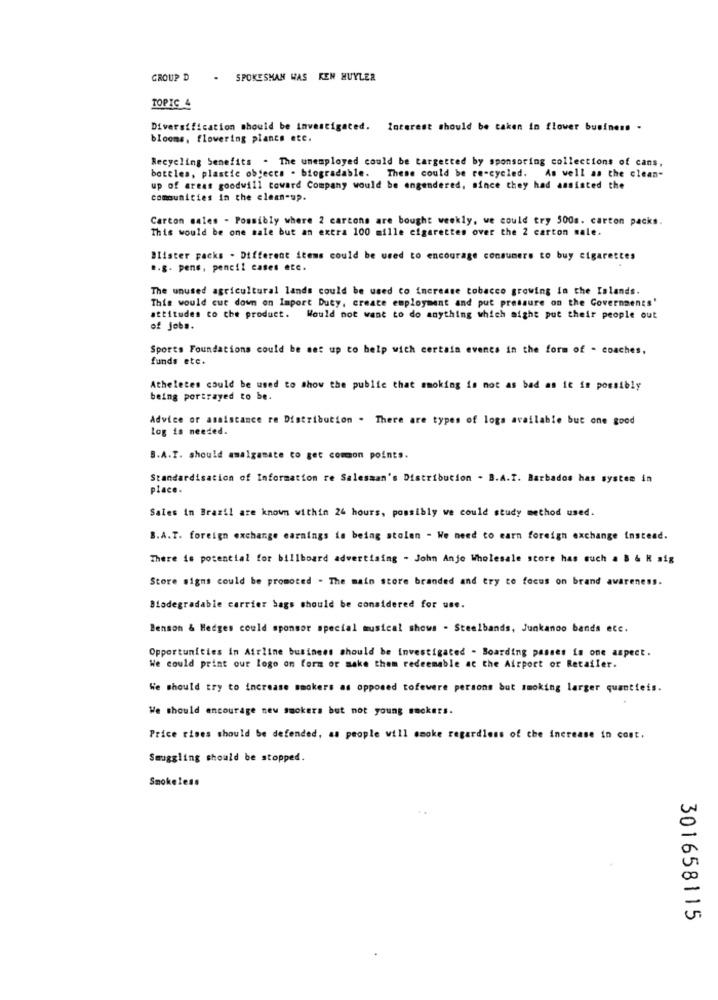
GROUP D
. SPOKESMAN WAS KEN HUYLER
TOPIC 4
Diversification should be investigated. Interest should be taken in flower business -
blooms, flowering plancs etc.
Recycling Senefits . The unemployed could be targetted by sponsoring collections of cans,
bottles, plastic objects . biogradable. These could be re-cycled. As well as the clean-
up of areas goodwill toward Company would be engendered, since they had assisted the
communities in the clean-up.
Carton males - Possibly where 2 cartons are bought weekly, we could try 500s. carton packs.
This would be one sale but an extra 100 mille cigarettes over the 2 carton sale.
Blister packs . Different items could be used to encourage consumers to buy cigarettes
.. g. pens, pencil cases etc.
The unused agricultural lands could be used to increase tobacco growing In the Islands.
This would cut down on Import Duty, create employment and put pressure on the Governments'
attitudes to the product. Would not want to do anything which might put their people out
of jobs.
Sports Foundations could be set up to help wich certain events in the form of - coaches,
funds etc.
Atheletes could be used to show the public that smoking is not as bad as it is possibly
being portrayed to be.
Advice or assistance re Distribution . There are types of logs available but one good
log is needed.
S.A.T. should amalgamate to get common points.
Standardisation of Information re Salesman's Distribution . B.A.I. Barbados has system in
place.
Sales In Brazil are known within 24 hours, possibly we could study method used.
B.A.T. foreign exchange earnings is being stolen - We need to earn foreign exchange instead.
There is potential for billboard advertising - John Anje Wholesale score has such a B & H sig
Store signs could be promoted . The main store branded and try to focus on brand awareness.
Biodegradable carrier bags should be considered for use.
Benson & Hedges could sponsor special musical shows . Steelbands, Junkanoo bands etc.
Opportunities in Airline business should be investigated - Boarding passes is one aspect.
We could print our logo on form or make them redeemable at the Airport or Retailer.
We should try to increase smokers as opposed tofewere persons but smoking larger quantieis.
We should encourage new smokers but not young smokers.
Price rises should be defended, as people will smoke regardless of the increase in cost.
Smuggling should be stopped.
Smokeless
301658115